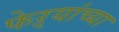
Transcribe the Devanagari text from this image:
फेऱ्यांच्या